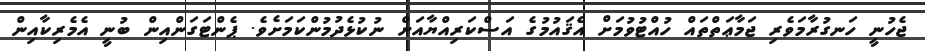
ޖެހުނީ ހަނގުރާމަވެރި ޖަމާޢަތްތައް ހުއްޓުވުމަށް އެޤައުމުގެ އަސްކަރިއްޔާއަށް ނުކުޅެދުމުންކަމަށެވެ. ޕެންޓަގަންއިން ބުނީ އެމެރިކާއިން